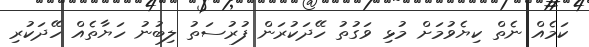
ކަމެއް ނެތް ކިޔެވުމަށް މުޅި ވަގުތު ހޭދަކުރަން ފުުރުސަތު ލިބުނު ހަޔާތެއް ހޭދަކުރި